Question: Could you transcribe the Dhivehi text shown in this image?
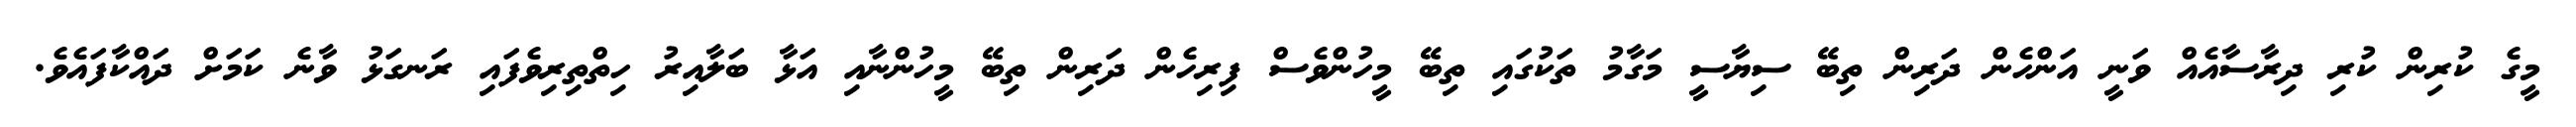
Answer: މީގެ ކުރިން ކުރި ދިރާސާއެއް ވަނީ އަންހެން ދަރިން ތިބޭ ސިޔާސީ މަގާމު ތަކުގައި ތިބޭ މީހުންވެސް ފިރިހެން ދަރިން ތިބޭ މީހުންނާއި އަޅާ ބަލާއިރު ހިތްތިރިވެފައި ރަނގަޅު ވާނެ ކަމަށް ދައްކާފައެވެ.